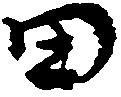
田